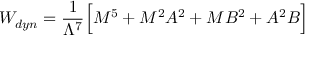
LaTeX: W _ { d y n } = \frac { 1 } { \Lambda ^ { 7 } } \Big [ M ^ { 5 } + M ^ { 2 } A ^ { 2 } + M B ^ { 2 } + A ^ { 2 } B \Big ]